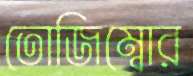
তোজিম্বোর